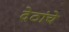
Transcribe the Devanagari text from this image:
देठांचे